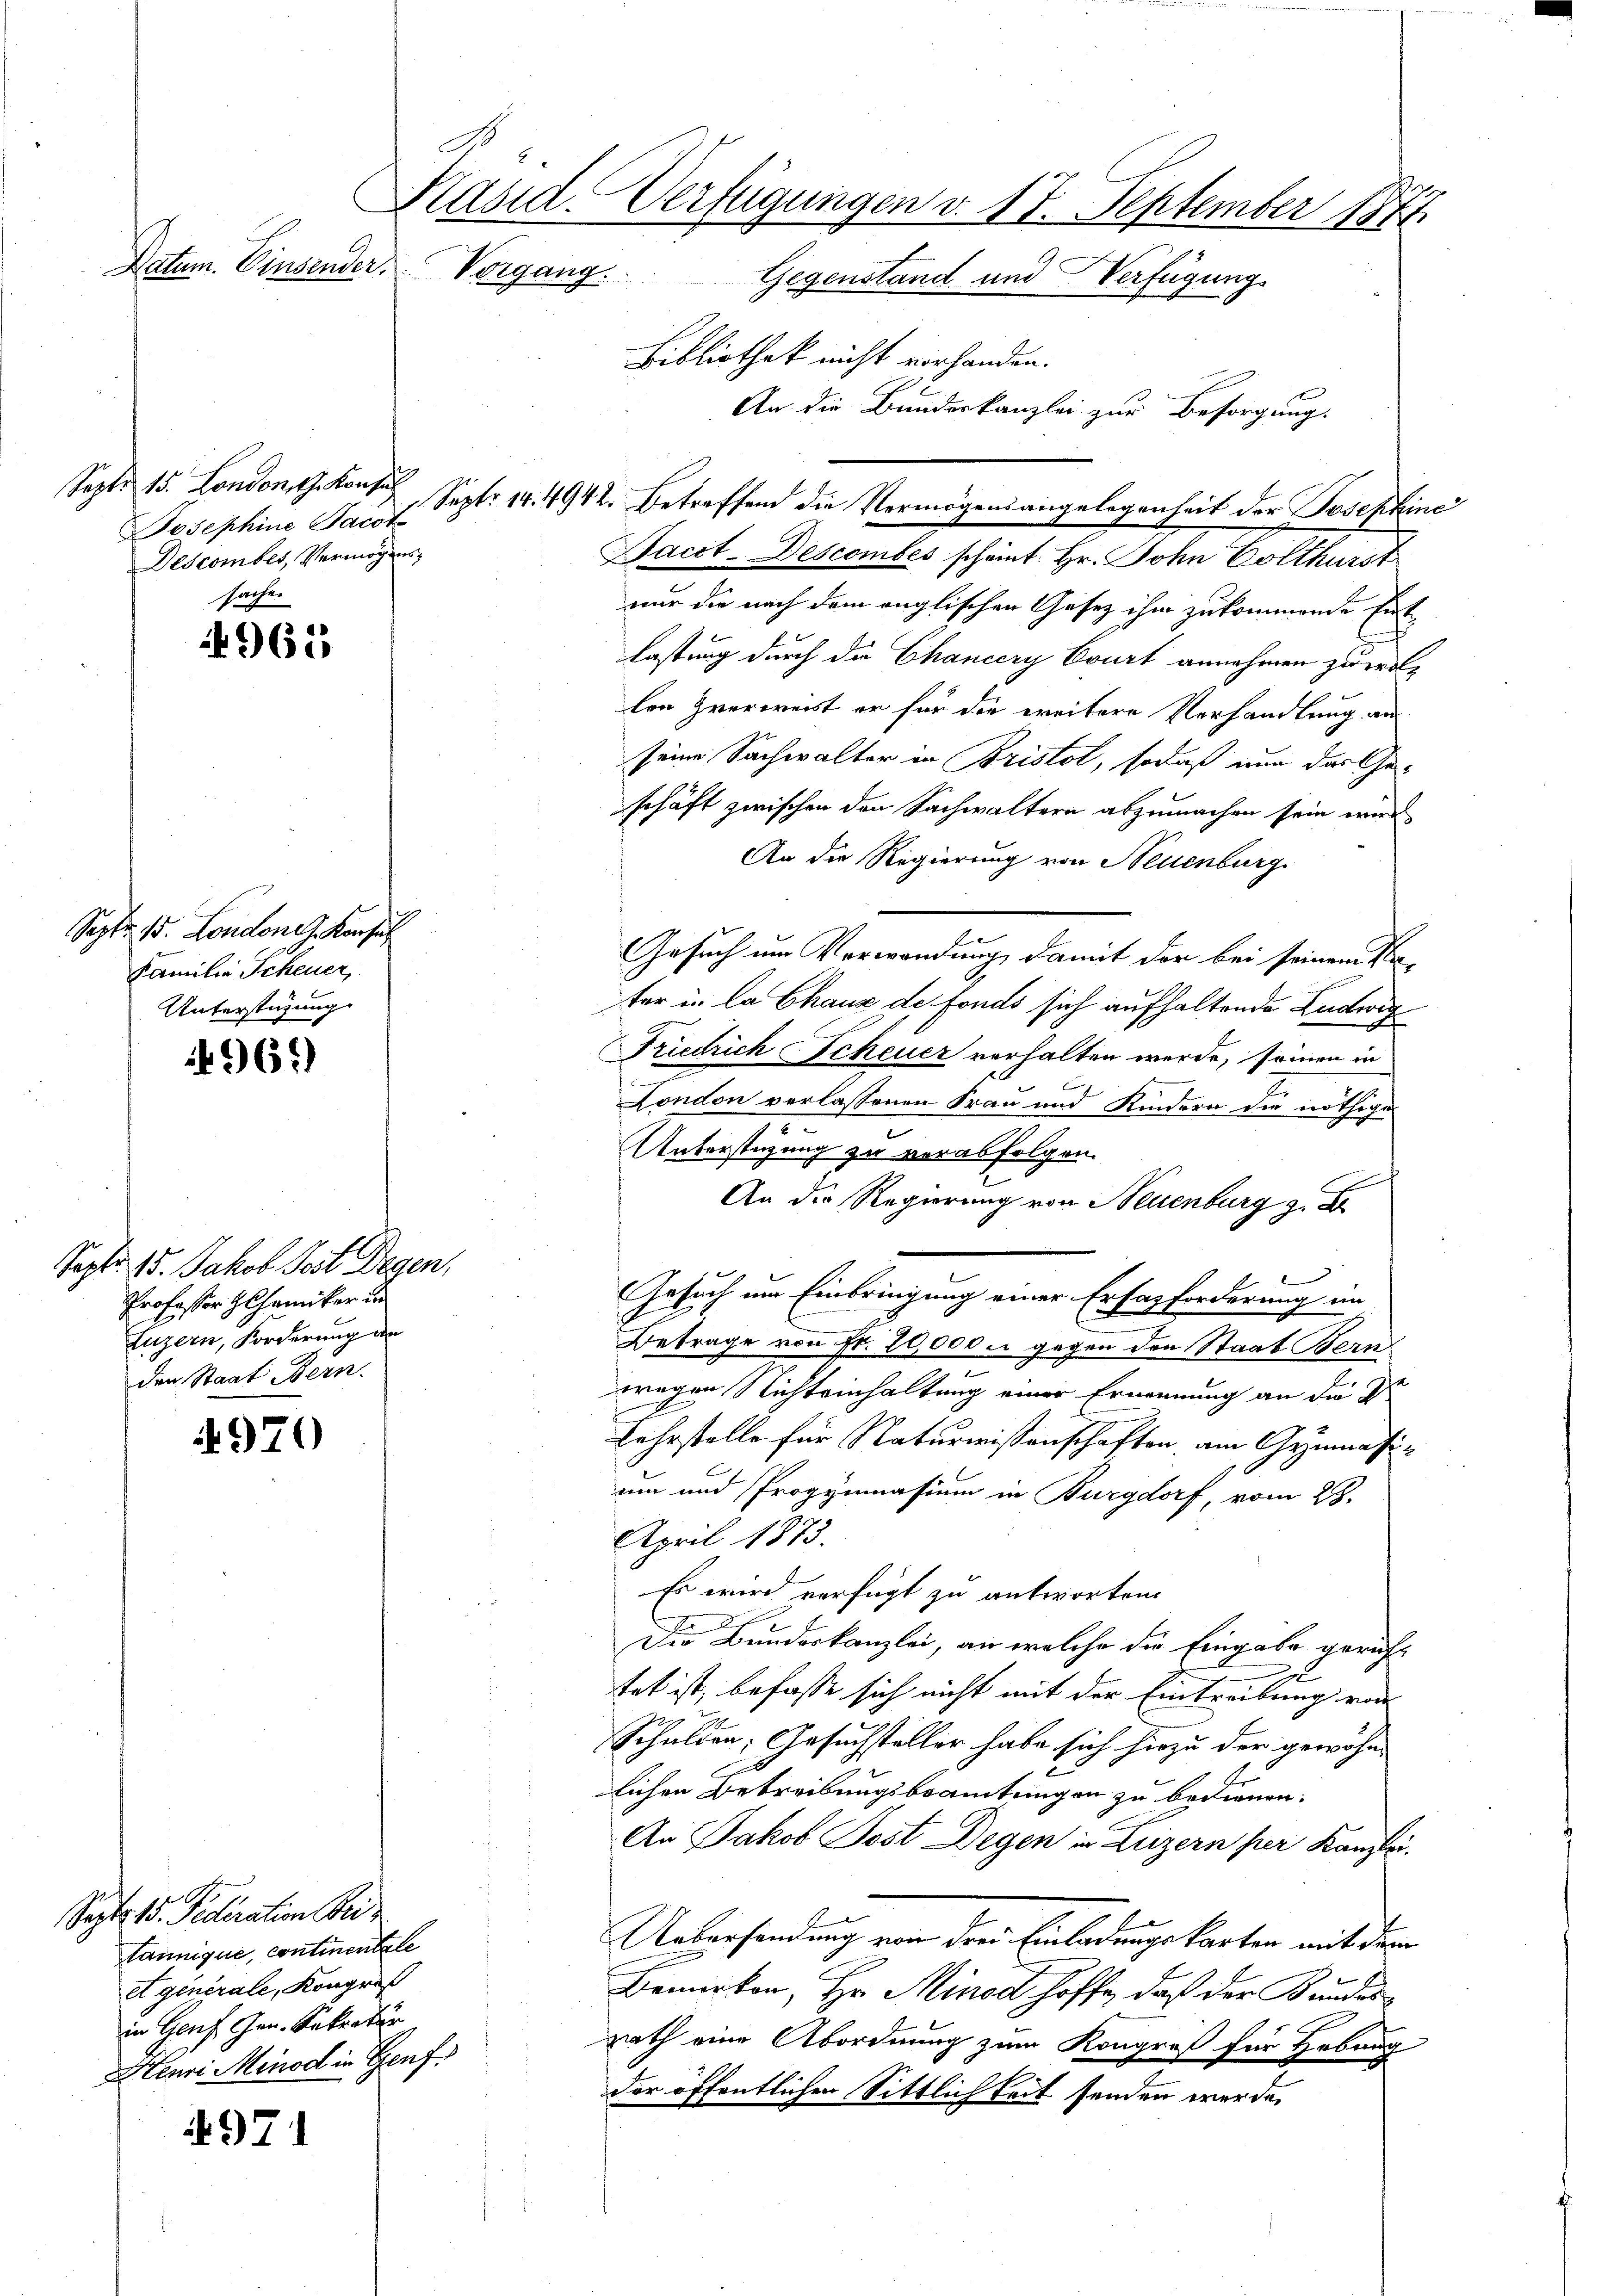
d
Präsid. Verfügungen v. 17. September 1874.
Datum. Einsender Vorgang.
Gegenstand und Verfügung

Sept. 15. London, z. Konsul
Descomber, Vermögens

sache.
961

Sept. 15. Londone. Konsul
Familie Scheuer,
Unterstüzung

496)

Sept. 15. Jakob Post Degen,
Professor Hohamiker un
Luzern, Forderung an
den Staat Bern.

970

Sept. 15. Federation Fri
tannique, continentale
et generale, Kongres
in Genf Gen. Sekratur
Steure Minod in Genf

97

An die Bundeskanzlei zur Besorgung.
nur die nach dem englischen Gesetz ihm zukommende Entlastung durch die Chancery Court annehmen zu wollen Zverweist er für die weitere Verhandlung an
seine Sachwalter in Bristot, sodaß nun das Ge-
schäft zwischen den Sachwaltern abzumachen sein wird
An der Regierung von Neuenburg
Gesuch um Verwendung, damit der bei seinem Na-
ter in la Chaux de fonds sich aufhaltende Ludwig
Friedrich Scheuer verhalten werde, seinen in
l
London verlassenen Frau und Kindern die nöthige
2
Unterstüzung zu verabfolgen.
An die Regierung von Neuenburg z. B
Gesuch um Einbringung einer Erfazforderung ein
Betrage von Fr. 70,000 u. gegen den Staat Bern
2
wegen Nichteinhaltung einer Ernennung an die Dr
d
Lehrstelle für Naturwissenschaften, am Gymnasium und Progymnasium in Burgdorf, vom 28.
April 1873.
Es wird verfügt zu antworten.
Die Bundeskanzlei, an welche die Eingabe gericht
.
tet ist, befasse sich nicht mit der Eintreibung von
Schulden; Gesuchsteller habe sich hiezu der gewöhn-
Er
lichen Betreibungsbeamtungen zu bedienen.
An Jakob Post Degen in Luzern per Kanzlei-
Uebersendung von drei Einladungskarten mit dem
Bemerken, Hr. Minod hoffe, daß der Kundesrath eine Abordnung zum Kongreß für Hebung
der öffentlichen Sittlichkeit senden werde.

Bibliothek nicht vorhanden.

Josephine Jacot Sept. 14. 4942. Betreffend die Vermögensangelegenheit der Josephine

Bacct-Descomber scheint. Hr. John Colthurst